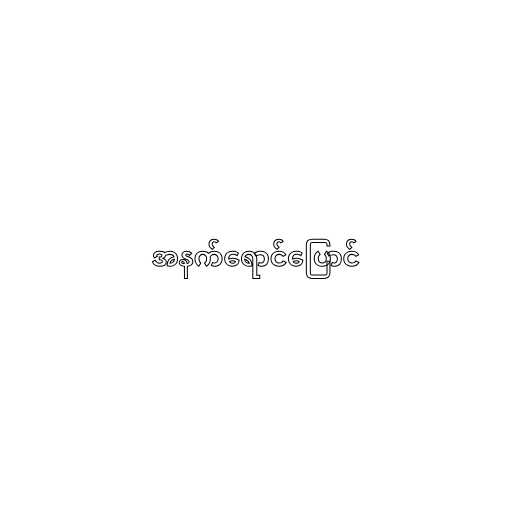
အနက်ရောင်ပြောင်